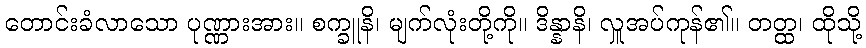
တောင်းခံလာသော ပုဏ္ဏားအား။ စက္ခူနိ၊ မျက်လုံးတို့ကို။ ဒိန္နာနိ၊ လှူအပ်ကုန်၏။ တတ္ထ၊ ထိုသို့